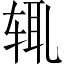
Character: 辄